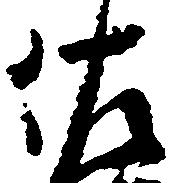
佐